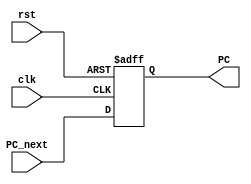
module PC (
	input 				clk, rst,
	input [31:0]		PC_next,
	output reg [31:0] 	PC
);

always @(posedge clk or negedge rst) begin : proc_
	#10
	if(~rst) begin
		 PC <= 32'b0;
	end else begin
		 PC <= PC_next;
	end
end

endmodule